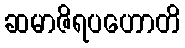
ဆမာဇိရပဟောတိ